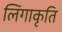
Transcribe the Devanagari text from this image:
लिंगाकृति